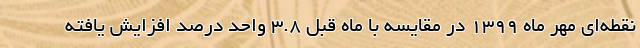
نقطه‌ای مهر ماه 1399 در مقایسه با ماه قبل 3.8 واحد درصد افزایش یافته